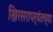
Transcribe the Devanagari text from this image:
खिरसरापर्यंतच्या